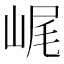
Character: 𡷕